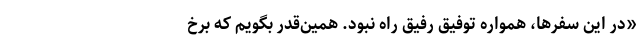
«در این سفرها، همواره توفیق رفیقِ راه نبود. همین‌قدر بگویم که برخ